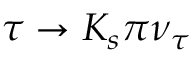
\tau \to K _ { s } \pi \nu _ { \tau }